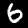
Digit: 6